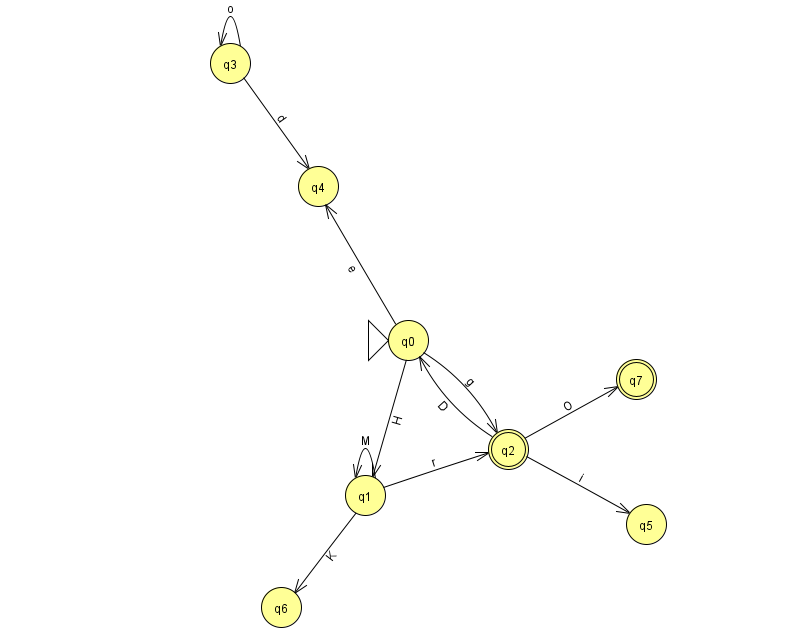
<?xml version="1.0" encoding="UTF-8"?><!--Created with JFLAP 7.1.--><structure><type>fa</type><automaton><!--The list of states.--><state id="0" name="q0"><x>408.0</x><y>327.0</y><initial/></state><state id="1" name="q1"><x>365.0</x><y>482.0</y></state><state id="2" name="q2"><x>508.0</x><y>436.0</y><final/></state><state id="3" name="q3"><x>230.0</x><y>50.0</y></state><state id="4" name="q4"><x>318.0</x><y>173.0</y></state><state id="5" name="q5"><x>646.0</x><y>511.0</y></state><state id="6" name="q6"><x>281.0</x><y>594.0</y></state><state id="7" name="q7"><x>636.0</x><y>366.0</y><final/></state><!--The list of transitions.--><transition><from>1</from><to>2</to><read>r</read></transition><transition><from>0</from><to>2</to><read>g</read></transition><transition><from>2</from><to>7</to><read>O</read></transition><transition><from>2</from><to>0</to><read>D</read></transition><transition><from>2</from><to>5</to><read>i</read></transition><transition><from>0</from><to>1</to><read>H</read></transition><transition><from>1</from><to>6</to><read>K</read></transition><transition><from>1</from><to>1</to><read>M</read></transition><transition><from>3</from><to>4</to><read>d</read></transition><transition><from>0</from><to>4</to><read>e</read></transition><transition><from>3</from><to>3</to><read>o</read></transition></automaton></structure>